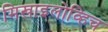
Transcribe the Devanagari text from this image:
मिखाइलोव्हिच